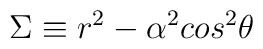
\Sigma \equiv r^{2}-\alpha ^{2}cos^{2}\theta